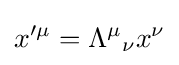
x'^{\mu }={\Lambda ^{\mu }}_{\nu }x^{\nu }